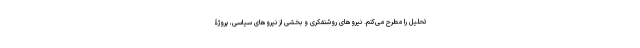
تحلیل را مطرح می‌کنم. نیروهای روشنفکری و بخشی از نیروهای سیاسی، پروژۀ